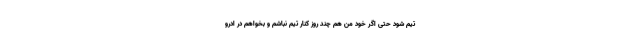
تیم شود حتی اگر خود من هم چند روز کنار تیم نباشم و بخواهم در ادرو